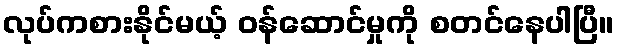
လုပ်ကစားနိုင်မယ့် ဝန်ဆောင်မှုကို စတင်နေပါပြီ။